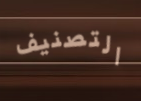
التصنيف